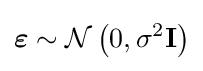
{\boldsymbol {\varepsilon }}\sim {\mathcal {N}}\left(0,\sigma ^{2}\mathbf {I} \right)